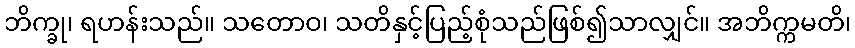
ဘိက္ခု၊ ရဟန်းသည်။ သတောဝ၊ သတိနှင့်ပြည့်စုံသည်ဖြစ်၍သာလျှင်။ အဘိက္ကမတိ၊